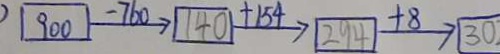
\textcircled { 9 0 0 } \xrightarrow { - 7 6 0 } \textcircled { 1 4 0 } \xrightarrow { + 1 5 4 } \textcircled { 2 9 4 } \xrightarrow { + 8 } \textcircled { 3 0 }